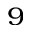
^ { 9 }